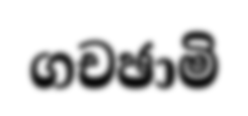
ගචඡාමි